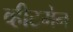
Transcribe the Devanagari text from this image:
व्हीटमेन